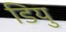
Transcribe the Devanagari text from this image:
डियु